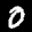
Label: 0